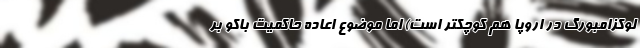
لوکزامبورگ در اروپا هم کوچکتر است) اما موضوع اعاده حاکمیت باکو بر